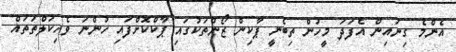
އެންމެ ގިނައިން އެފަދަ މީހުން ތިބެނީ ޕާކިން ޒޯންތަކުގައި ޕާކްކޮށްފައި ހުންނަ ވެހިކަލްތަތައް